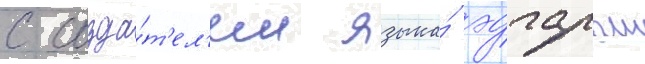
с созда́т'ел'ем языка́ эдгаром